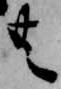
共